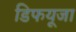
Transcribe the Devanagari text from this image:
डिफयूजा